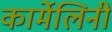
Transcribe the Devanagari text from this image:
कार्मेलिनी